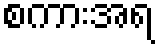
စကားအရ